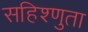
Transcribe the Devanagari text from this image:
सहिश्णुता